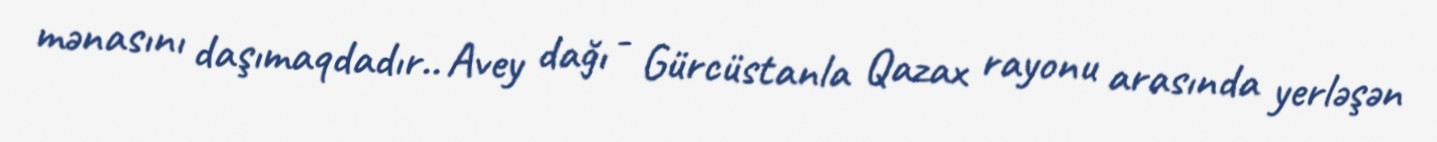
mənasını daşımaqdadır.. Avey dağı - Gürcüstanla Qazax rayonu arasında yerləşən